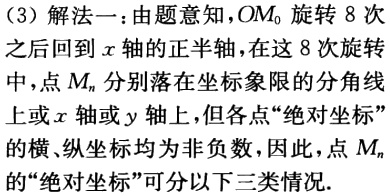
（3）解法一：由题意知，$OM_{0}$旋转$8$次

之后回到$x$轴的正半轴，在这$8$次旋

转中，点$M_{n}$分别落在坐标象限的分角线

上或$x$轴或$y$轴上，但各点“绝对坐标”

的横、纵坐标均为非负数，因此，点$M_{n}$

的“绝对坐标”可分以下三类情况.